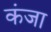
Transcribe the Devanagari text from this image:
कंजा